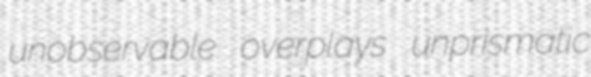
unobservable overplays unprismatic